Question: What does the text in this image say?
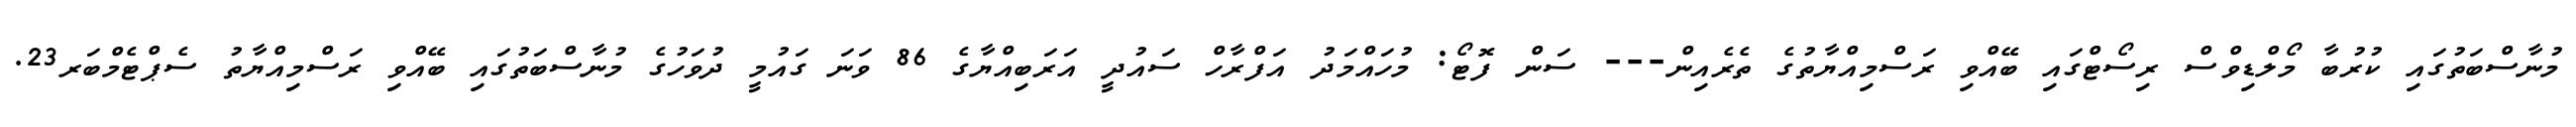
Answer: މުނާސްބަތުގައި ކުރުބާ މޯލްޑިވްސް ރިސޯޓްގައި ބޭއްވި ރަސްމިއްޔާތުގެ ތެރެއިން--- ސަން ފޮޓޯ: މުހައްމަދު އަފްރާހް ސައުދީ އަރަބިއްޔާގެ 86 ވަނަ ގައުމީ ދުވަހުގެ މުނާސްބަތުގައި ބޭއްވި ރަސްމިއްޔާތު ސެޕްޓެމްބަރ23.